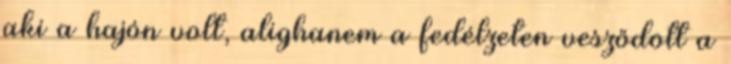
aki a hajón volt, alighanem a fedélzeten vesződött a